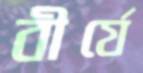
বীর্যে